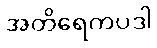
အတိရေကပဒါ